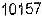
10157